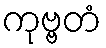
ကုဗ္ဗတံ